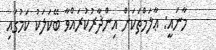
މާނައީ: ޢާލަމްތަކަށް އިންޛާރުކުރައްވާ ބޭކަލަކު ކަމުގައި